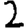
Digit: 2